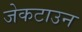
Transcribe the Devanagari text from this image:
जेकटाउन